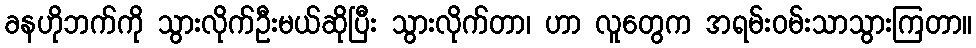
ခနဟိုဘက်ကို သွားလိုက်ဦးမယ်ဆိုပြီး သွားလိုက်တာ၊ ဟာ လူတွေက အရမ်းဝမ်းသာသွားကြတာ။